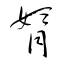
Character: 婿